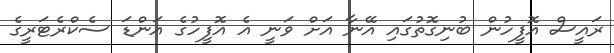
ރައީސް އޮފީހުން ބުނިގޮތުގައި އޭނާ އަށް ވަނީ އެ އޮފީހުގެ އަންޑަ ސެކްރެޓަރީގެ